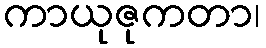
ကာယုဇုကတာ၊